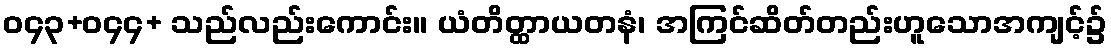
ဝ၄၃+ဝ၄၄+ သည်လည်းကောင်း။ ယံတိတ္ထာယတနံ၊ အကြင်ဆိတ်တည်းဟူသောအကျင့်၌